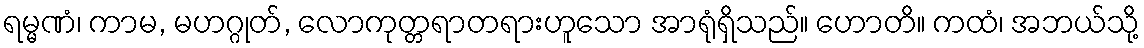
ရမ္မဏံ၊ ကာမ, မဟဂ္ဂုတ်, လောကုတ္တရာတရားဟူသော အာရုံရှိသည်။ ဟောတိ။ ကထံ၊ အဘယ်သို့